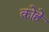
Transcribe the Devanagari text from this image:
क़ोहे